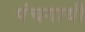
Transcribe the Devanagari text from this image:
पंचगायीं